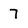
Character: 7